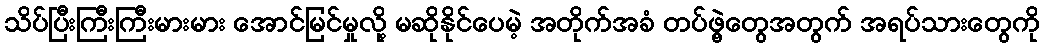
သိပ်ပြီးကြီးကြီးမားမား အောင်မြင်မှုလို့ မဆိုနိုင်ပေမဲ့ အတိုက်အခံ တပ်ဖွဲ့တွေအတွက် အရပ်သားတွေကို